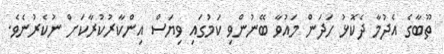
ތޫބާގެ އެދުމާ ދެކޮޅު ހަދަން މައުވާ ބޭނުންވި ކަމުގައި ވިޔަސް އިންކާރުކުރާކަށް ނުކެރުނެވެ.